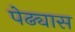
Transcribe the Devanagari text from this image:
पेढ्यास